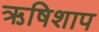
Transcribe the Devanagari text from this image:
ऋषिशाप